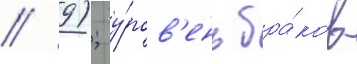
/ 9); у́ров'ень бра́ков